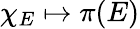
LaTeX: \chi_{E}\mapsto\pi(E)